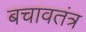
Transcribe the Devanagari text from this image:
बचावतंत्र